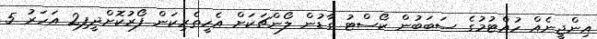
އިންޖީނެއް ހުއްޓުމުގެ ސަބަބުން ކޯސްޓު ގާޑުން ލޯންޗަކަށް އެހީތެރިކަން ފޯރުކޮށްދީފި2 އަހަރު 5